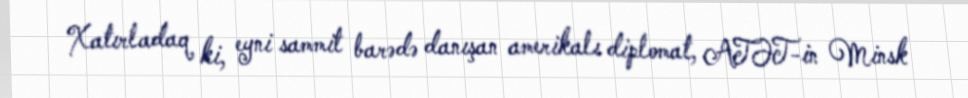
Xatırladaq ki, eyni sammit barədə danışan amerikalı diplomat, ATƏT-in Minsk